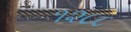
૧૨૮૮